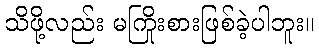
သိဖို့လည်း မကြိုးစားဖြစ်ခဲ့ပါဘူး။